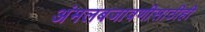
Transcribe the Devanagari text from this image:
अंमलबजावणीसाठीही